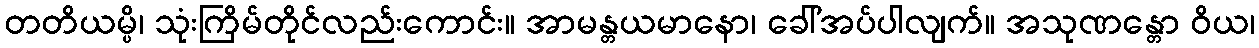
တတိယမ္ပိ၊ သုံးကြိမ်တိုင်လည်းကောင်း။ အာမန္တယမာနော၊ ခေါ်အပ်ပါလျက်။ အသုဏန္တော ဝိယ၊